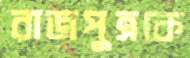
রাজপুত্রকে